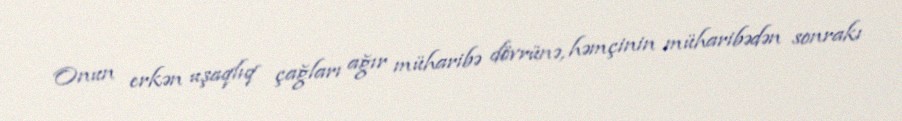
Onun erkən uşaqlıq çağları ağır müharibə dövrünə, həmçinin müharibədən sonrakı